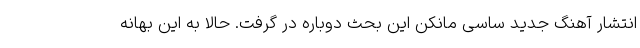
انتشار آهنگ جدید ساسی مانکن این بحث دوباره در گرفت. حالا به این بهانه